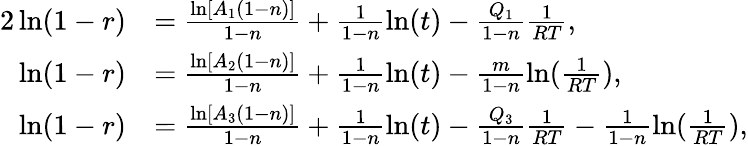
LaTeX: \begin{array}{rl}{{2}\ln(1-r)}&{=\frac{\ln\left[A_{1}(1-n)\right]}{1-n}+\frac{1}{1-n}\ln(t)-\frac{Q_{1}}{1-n}\frac{1}{RT},}\\ {\ln(1-r)}&{=\frac{\ln[A_{2}(1-n)]}{1-n}+\frac{1}{1-n}\ln(t)-\frac{m}{1-n}\ln(\frac{1}{RT}),}\\ {\ln(1-r)}&{=\frac{\ln\left[A_{3}(1-n)\right]}{1-n}+\frac{1}{1-n}\ln(t)-\frac{Q_{3}}{1-n}\frac{1}{RT}-\frac{1}{1-n}\ln(\frac{1}{RT}),}\end{array}